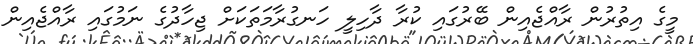
މީގެ އިތުރުން ރާއްޖެއިން ބޭރުގައި ކުރާ ދާހިލީ ހަނގުރާމަތަކަށް ޖިހާދުގެ ނަމުގައި ރާއްޖެއިން